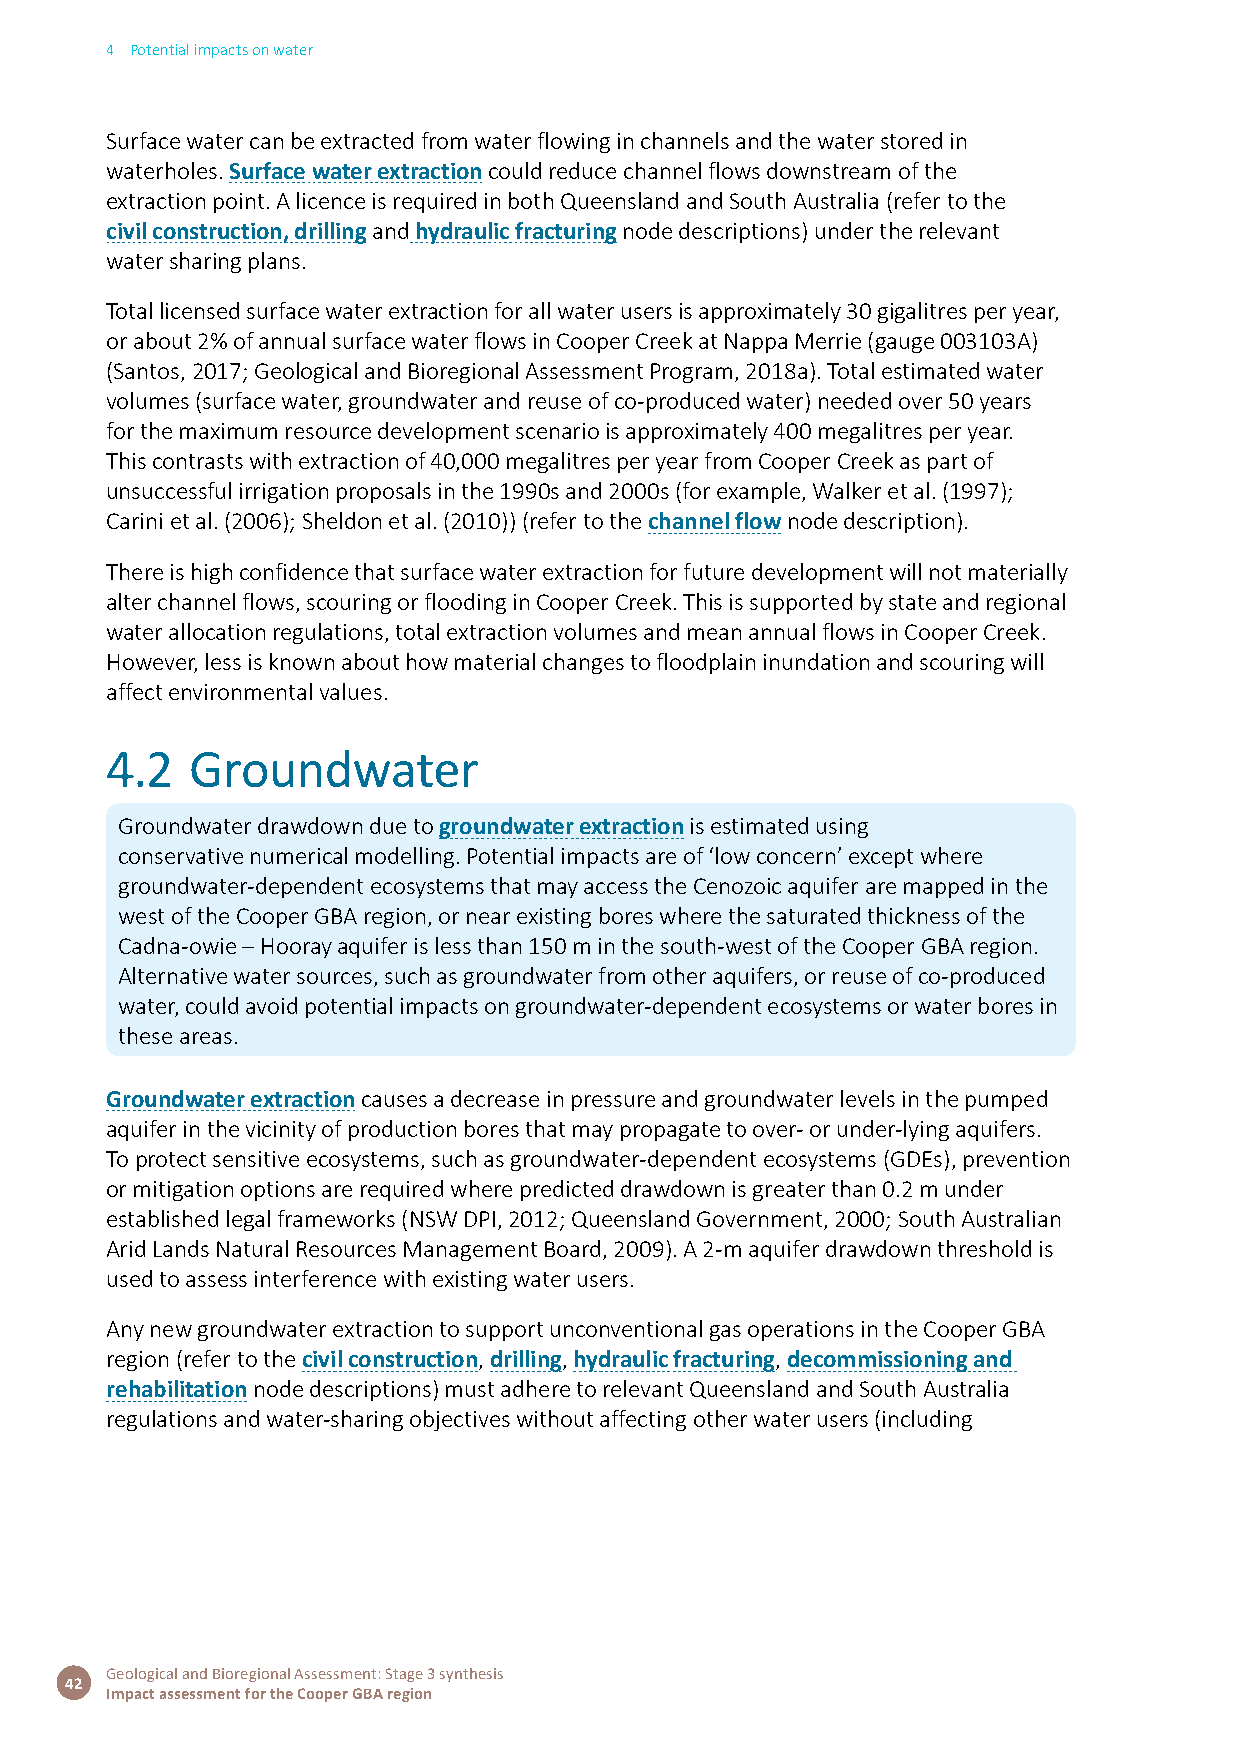
4 Potential impacts on water
 Surface water can be extracted from water flowing in channels and the water stored in
 waterholes. Surface water extraction could reduce channel flows downstream of the
 extraction point. A licence is required in both Queensland and South Australia (refer to the
 civil construction, drilling and hydraulic fracturing node descriptions) under the relevant
 water sharing plans.
 Total licensed surface water extraction for all water users is approximately 30 gigalitres per year,
 or about 2% of annual surface water flows in Cooper Creek at Nappa Merrie (gauge 003103A)
 (Santos, 2017; Geological and Bioregional Assessment Program, 2018a). Total estimated water
 volumes (surface water, groundwater and reuse of co-produced water) needed over 50 years
 for the maximum resource development scenario is approximately 400 megalitres per year.
 This contrasts with extraction of 40,000 megalitres per year from Cooper Creek as part of
 unsuccessful irrigation proposals in the 1990s and 2000s (for example, Walker et al. (1997);
 Carini et al. (2006); Sheldon et al. (2010)) (refer to the channel flow node description).
 There is high confidence that surface water extraction for future development will not materially
 alter channel flows, scouring or flooding in Cooper Creek. This is supported by state and regional
 water allocation regulations, total extraction volumes and mean annual flows in Cooper Creek.
 However, less is known about how material changes to floodplain inundation and scouring will
 affect environmental values.
 4.2   Groundwater
 Groundwater drawdown due to groundwater extraction is estimated using
 conservative numerical modelling. Potential impacts are of ‘low concern’ except where
 groundwater-dependent ecosystems that may access the Cenozoic aquifer are mapped in the
 west of the Cooper GBA region, or near existing bores where the saturated thickness of the
 Cadna-owie – Hooray aquifer is less than 150 m in the south-west of the Cooper GBA region.
 Alternative water sources, such as groundwater from other aquifers, or reuse of co-produced
 water, could avoid potential impacts on groundwater-dependent ecosystems or water bores in
 these areas.
 Groundwater extraction causes a decrease in pressure and groundwater levels in the pumped
 aquifer in the vicinity of production bores that may propagate to over- or under-lying aquifers.
 To protect sensitive ecosystems, such as groundwater-dependent ecosystems (GDEs), prevention
 or mitigation options are required where predicted drawdown is greater than 0.2 m under
 established legal frameworks (NSW DPI, 2012; Queensland Government, 2000; South Australian
 Arid Lands Natural Resources Management Board, 2009). A 2-m aquifer drawdown threshold is
 used to assess interference with existing water users.
 Any new groundwater extraction to support unconventional gas operations in the Cooper GBA
 region (refer to the civil construction, drilling, hydraulic fracturing, decommissioning and
 rehabilitation node descriptions) must adhere to relevant Queensland and South Australia
 regulations and water-sharing objectives without affecting other water users (including
 Geological and Bioregional Assessment: Stage 3 synthesis
 42
 Impact assessment for the Cooper GBA region